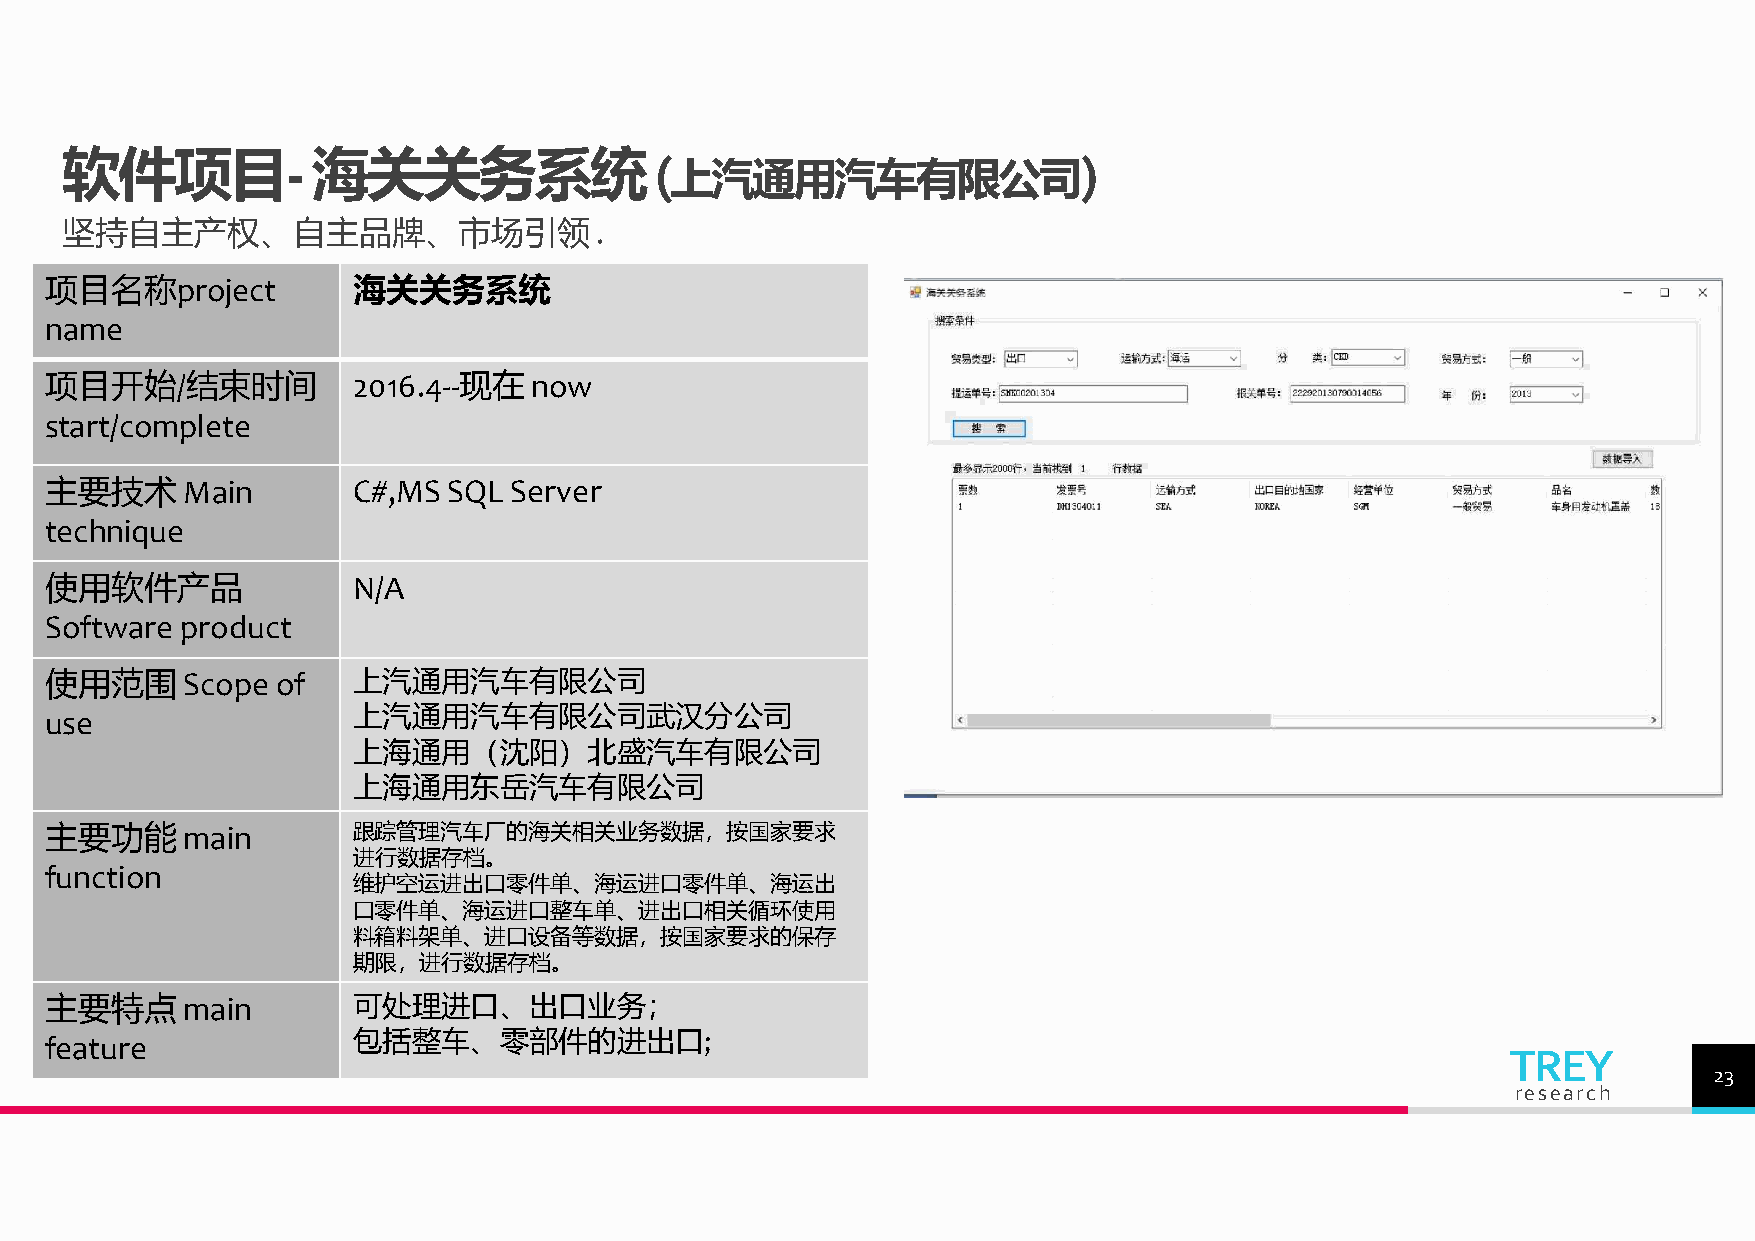
软件项目-            海关关务系统                (                            )
 上汽通用汽车有限公司
 坚持自主产权、自主品牌、市场引领.
 项目名称project         海关关务系统
 name
 项目开始/结束时间           2016.4--现在  now
 start/complete
 主要技术     Main       C#,MS  SQL Server
 technique
 使用软件产品              N/A
 Software product
 使用范围     Scope of   上汽通用汽车有限公司
 use                 上汽通用汽车有限公司武汉分公司
 上海通用（沈阳）北盛汽车有限公司
 上海通用东岳汽车有限公司
 主要功能     main       跟踪管理汽车厂的海关相关业务数据，按国家要求
 进行数据存档。
 function
 维护空运进出口零件单、海运进口零件单、海运出
 口零件单、海运进口整车单、进出口相关循环使用
 料箱料架单、进口设备等数据，按国家要求的保存
 期限，进行数据存档。
 主要特点     main       可处理进口、出口业务；
 feature             包括整车、零部件的进出口;
 TREY
 23
 research